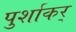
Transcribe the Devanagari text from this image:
पुर्शाकर्